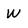
Character: W